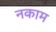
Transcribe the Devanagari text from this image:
नकाम